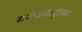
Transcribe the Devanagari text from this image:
बायोफार्मास्यूटिकल